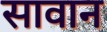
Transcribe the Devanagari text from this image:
सावान